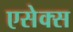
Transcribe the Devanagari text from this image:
एसेक्‍स